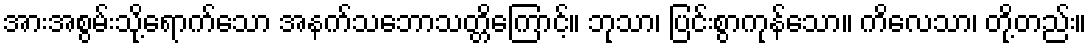
အားအစွမ်းသို့ရောက်သော အနက်သဘောသတ္တိကြောင့်။ ဘုသာ၊ ပြင်းစွာကုန်သော။ ကိလေသာ၊ တို့တည်း။